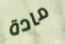
مادة